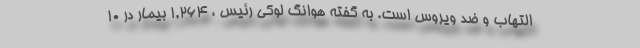
التهاب و ضد ویروس است. به گفته هوانگ لوکی رئیس ، 1,264 بیمار در 10